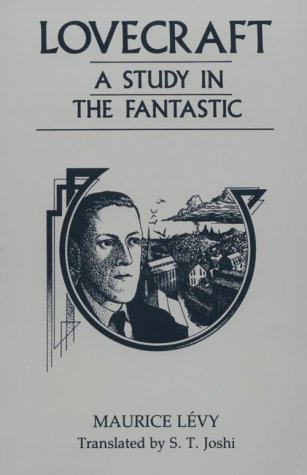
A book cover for Lovecraft, A Study in the Fantastic; Maurice LÃ©vy; Science Fiction & Fantasy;